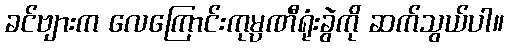
ခင်ဗျားက လေကြောင်းကုမ္ပဏီရုံးခွဲကို ဆက်သွယ်ပါ။